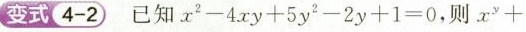
变式4-2 已知$$x^{2}-4xy+5y^{2}-2y+1=0$$ ，则 $$x^{y}+